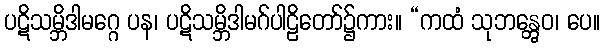
ပဋိသမ္ဘိဒါမဂ္ဂေ ပန၊ ပဋိသမ္ဘိဒါမဂ်ပါဠိတော်၌ကား။ “ကထံ သုဘန္တွေဝ၊ ပေ။